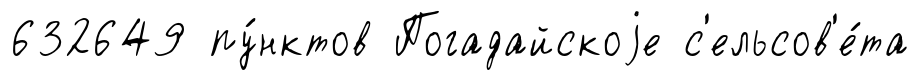
632649 пу́нктов Погадайскоjе с'ельсов'е́та